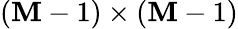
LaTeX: \left(\mathbf{M}-1\right)\times\left(\mathbf{M}-1\right)